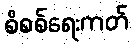
စိစစ်ရေးကတ်